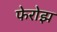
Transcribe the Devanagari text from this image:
फेरोझ